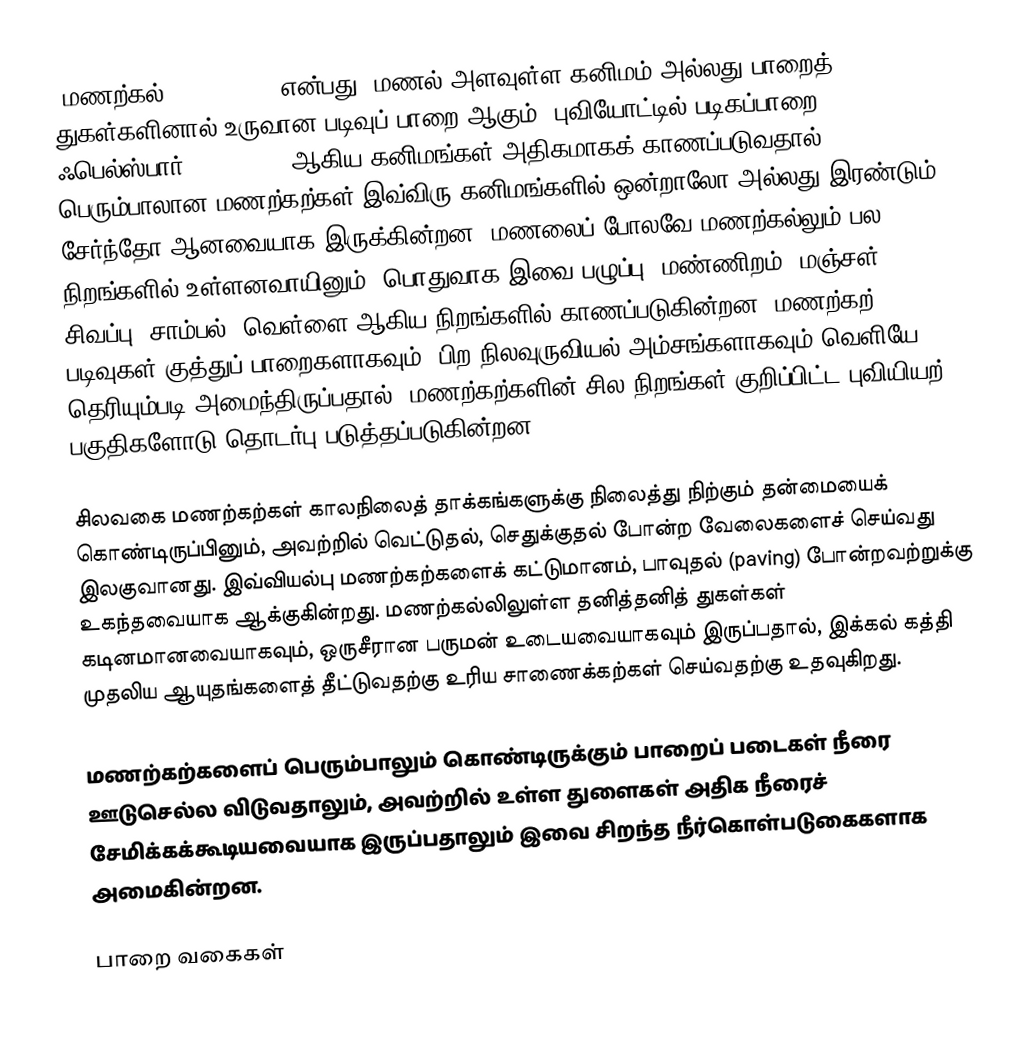
'மணற்கல் (Sandstone) என்பது, மணல் அளவுள்ள கனிமம் அல்லது பாறைத் துகள்களினால் உருவான படிவுப் பாறை ஆகும். புவியோட்டில் படிகப்பாறை (quartz), ஃபெல்ஸ்பார் (feldspar) ஆகிய கனிமங்கள் அதிகமாகக் காணப்படுவதால் பெரும்பாலான மணற்கற்கள் இவ்விரு கனிமங்களில் ஒன்றாலோ அல்லது இரண்டும் சேர்ந்தோ ஆனவையாக இருக்கின்றன. மணலைப் போலவே மணற்கல்லும் பல நிறங்களில் உள்ளனவாயினும், பொதுவாக இவை பழுப்பு, மண்ணிறம், மஞ்சள், சிவப்பு, சாம்பல், வெள்ளை ஆகிய நிறங்களில் காணப்படுகின்றன. மணற்கற் படிவுகள் குத்துப் பாறைகளாகவும், பிற நிலவுருவியல் அம்சங்களாகவும் வெளியே தெரியும்படி அமைந்திருப்பதால், மணற்கற்களின் சில நிறங்கள் குறிப்பிட்ட புவியியற் பகுதிகளோடு தொடர்பு படுத்தப்படுகின்றன.

சிலவகை மணற்கற்கள் காலநிலைத் தாக்கங்களுக்கு நிலைத்து நிற்கும் தன்மையைக் கொண்டிருப்பினும், அவற்றில் வெட்டுதல், செதுக்குதல் போன்ற வேலைகளைச் செய்வது இலகுவானது. இவ்வியல்பு மணற்கற்களைக் கட்டுமானம், பாவுதல் (paving) போன்றவற்றுக்கு உகந்தவையாக ஆக்குகின்றது. மணற்கல்லிலுள்ள தனித்தனித் துகள்கள் கடினமானவையாகவும், ஒருசீரான பருமன் உடையவையாகவும் இருப்பதால், இக்கல் கத்தி முதலிய ஆயுதங்களைத் தீட்டுவதற்கு உரிய சாணைக்கற்கள் செய்வதற்கு உதவுகிறது.

மணற்கற்களைப் பெரும்பாலும் கொண்டிருக்கும் பாறைப் படைகள் நீரை ஊடுசெல்ல விடுவதாலும், அவற்றில் உள்ள துளைகள் அதிக நீரைச் சேமிக்கக்கூடியவையாக இருப்பதாலும் இவை சிறந்த நீர்கொள்படுகைகளாக அமைகின்றன.

பாறை வகைகள்